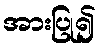
အားပြု၍